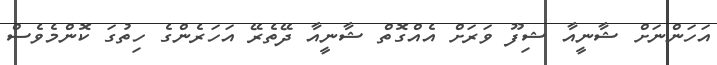
އަހަންނަށް ޝާނީއާ ޝިފޫ ވަރަށް އެއްގޮތް ޝާނީއާ ދޭތެރޭ އަހަރެންގެ ހިތުގަ ކޮންމެވެސް